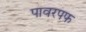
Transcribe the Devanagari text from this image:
पावरपफ